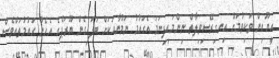
އީޔޫއިން ވަކިވުމަށް އިނގިރޭސިވިލާތް ނިންމައިފިނަމަ އެގައުމު ނަމޫނާއަކަށް ބަލައިގެން ޔޫރަޕްގެ އެހެން ގައުމުތައްވެސް